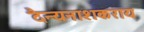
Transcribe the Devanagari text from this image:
दैन्यनाशकराय